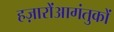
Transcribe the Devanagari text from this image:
हज़ारोंआगंतुकों